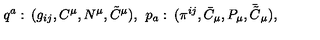
q ^ { a } : \: ( g _ { i j } , C ^ { \mu } , N ^ { \mu } , \tilde { C } ^ { \mu } ) , \: \: p _ { a } : \: ( \pi ^ { i j } , \bar { C } _ { \mu } , P _ { \mu } , \bar { \tilde { C } } _ { \mu } ) ,